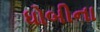
ધોબીના